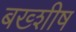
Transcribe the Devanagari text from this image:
बख्शीष